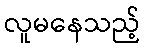
လူမနေသည့်